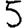
Digit: 5